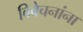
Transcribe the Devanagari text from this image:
विवेचनांना